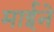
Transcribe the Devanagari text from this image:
माईने